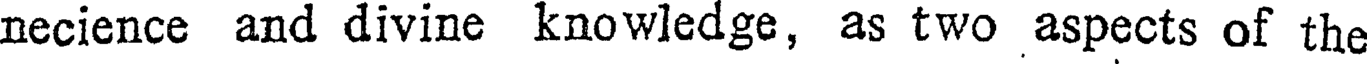
necience and divine knowledge, as two aspects of the